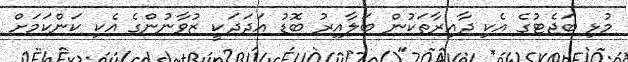
މުޅި ބަޖެޓުގެ އެކި ދާއިރާތަކުން ބަލާއިރު ބޮޑު އަދަދަކީ ޒުވާނުންގެ އެކި ކަންކަމަށް